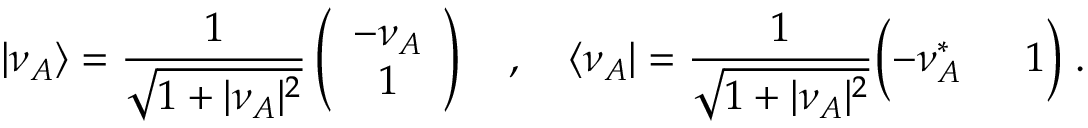
\vert \nu _ { A } \rangle = { \frac { 1 } { \sqrt { 1 + \vert \nu _ { A } \vert ^ { 2 } } } } \left( \begin{array} { c } { { - \nu _ { A } } } \\ { { 1 } } \end{array} \right) \quad , \quad \langle \nu _ { A } \vert = { \frac { 1 } { \sqrt { 1 + \vert \nu _ { A } \vert ^ { 2 } } } } \Bigl ( - \nu _ { A } ^ { * } \; \quad \; 1 \Bigr ) \; .